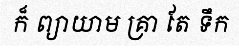
ក៏ ព្យាយាម គ្រា តែ ទឹក